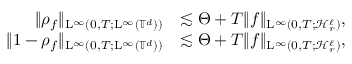
\begin{array} { r l } { \Vert \rho _ { f } \Vert _ { \mathrm { L } ^ { \infty } ( 0 , T ; \mathrm { L } ^ { \infty } ( \mathbb T ^ { d } ) ) } } & { \lesssim \Theta + T \Vert f \Vert _ { \mathrm { L } ^ { \infty } ( 0 , T ; \mathcal { H } _ { r } ^ { \ell } ) } , } \\ { \Vert 1 - \rho _ { f } \Vert _ { \mathrm { L } ^ { \infty } ( 0 , T ; \mathrm { L } ^ { \infty } ( \mathbb T ^ { d } ) ) } } & { \lesssim \Theta + T \Vert f \Vert _ { \mathrm { L } ^ { \infty } ( 0 , T ; \mathcal { H } _ { r } ^ { \ell } ) } , } \end{array}